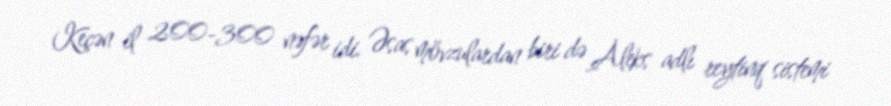
Keçən il 200-300 nəfər idi. Əsas mövzulardan biri də Aleks adlı reytinq sistemi